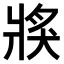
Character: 𤟌